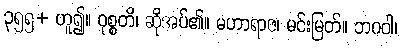
၃၅၅+ ဟူ၍။ ဝုစ္စတိ၊ ဆိုအပ်၏။ မဟာရာဇ၊ မင်းမြတ်။ ဘဂဝါ၊